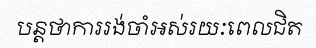
បន្តថាការរង់ចាំអស់រយៈពេលជិត